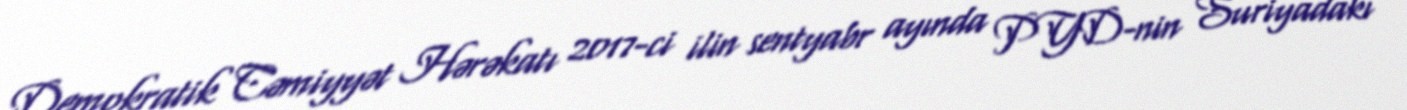
Demokratik Cəmiyyət Hərəkatı 2017-ci ilin sentyabr ayında PYD-nin Suriyadakı